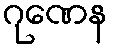
ဂုဏေန